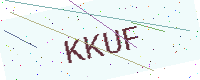
Text: KKUF